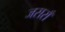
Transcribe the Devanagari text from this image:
जसराँ